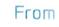
from